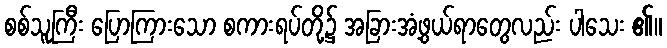
စစ်သူကြီး ပြောကြားသော စကားရပ်တို့၌ အခြားအံ့ဖွယ်ရာတွေလည်း ပါသေး ၏။